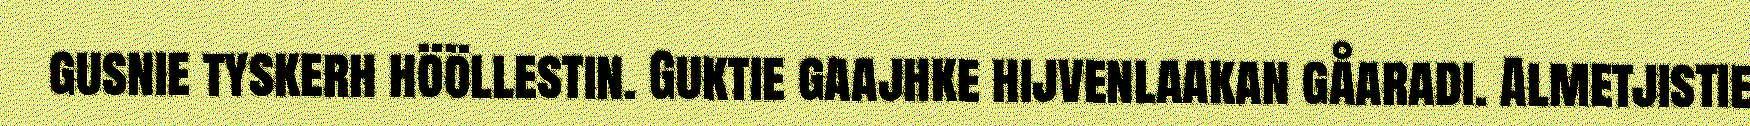
gusnie tyskerh hööllestin. Guktie gaajhke hijvenlaakan gåaradi. Almetjistie